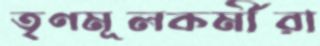
তৃণমূলকর্মীরা